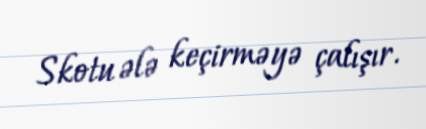
Skotu ələ keçirməyə çalışır.